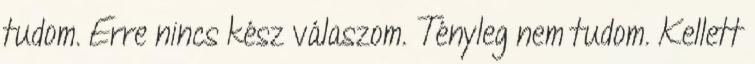
tudom. Erre nincs kész válaszom. Tényleg nem tudom. Kellett